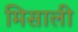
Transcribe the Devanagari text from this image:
मिसाली